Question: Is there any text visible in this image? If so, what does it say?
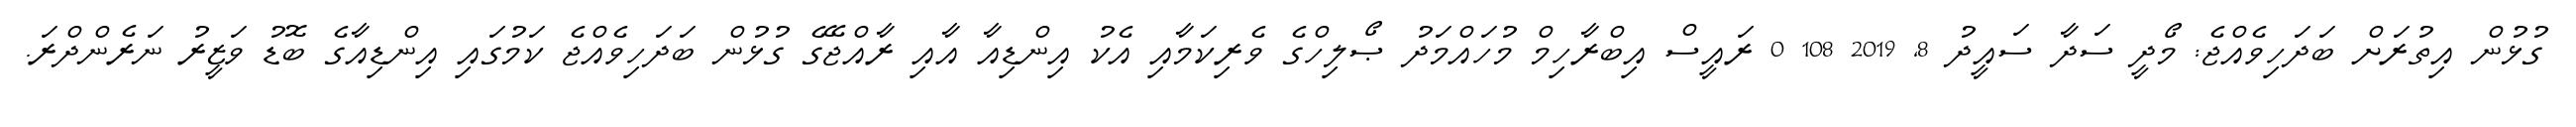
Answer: ގުޅުން އިތުރަށް ބަދަހިވެއްޖެ: މޯދީ ސަދާ ސައީދު 8, 2019 108 0 ރައީސް އިބްރާހިމް މުހައްމަދު ޞޯލިހްގެ ވެރިކަމާއި އެކު އިންޑިއާ އާއި ރާއްޖޭގެ ގުޅުން ބަދަހިވެއްޖެ ކަމުގައި އިންޑިއާގެ ބޮޑު ވަޒީރު ނަރެންދްރަ.